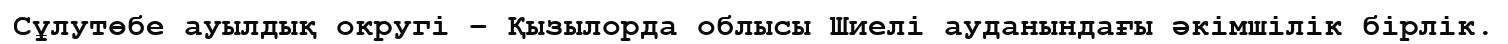
Сұлутөбе ауылдық округі – Қызылорда облысы Шиелі ауданындағы әкімшілік бірлік.